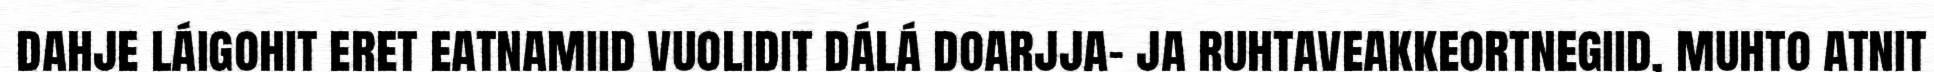
dahje láigohit eret eatnamiid vuolidit dálá doarjja- ja ruhtaveakkeortnegiid, muhto atnit